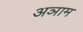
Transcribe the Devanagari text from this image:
अञाम